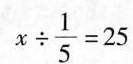
$$x \div \frac{1}{5}=25$$